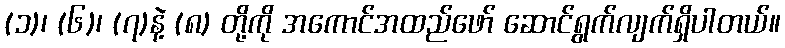
(၁)၊ (၆)၊ (၇)နဲ့ (၈) တို့ကို အကောင်အထည်ဖော် ဆောင်ရွက်လျက်ရှိပါတယ်။